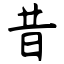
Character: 昔